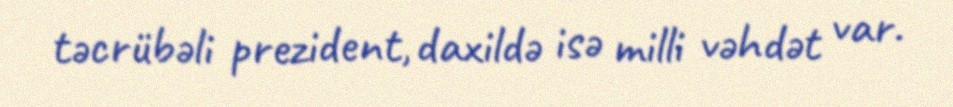
təcrübəli prezident, daxildə isə milli vəhdət var.